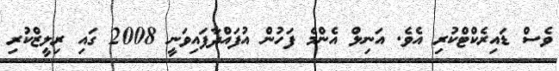
ވެސް ޑައިރެކްޓްކުރި އެވެ. އަނިލް އެންމެ ފަހުން އުފައްދާފައިވަނީ 2008 ގައި ރިލީޒްކުރި